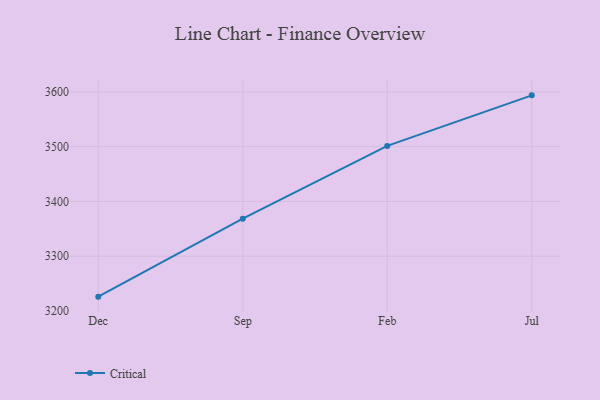
{"axis": {"x": "Month", "y": "Budget (USD K)"}, "legend": ["Critical"], "data": [{"x": "Dec", "y": 3226.3, "type": "Critical"}, {"x": "Sep", "y": 3368.5, "type": "Critical"}, {"x": "Feb", "y": 3501.4, "type": "Critical"}, {"x": "Jul", "y": 3593.6, "type": "Critical"}]}